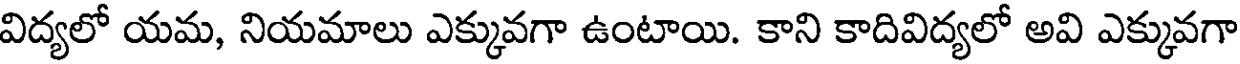
విద్యలో యమ, నియమాలు ఎక్కువగా ఉంటాయి. కాని కాదివిద్యలో అవి ఎక్కువగా